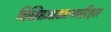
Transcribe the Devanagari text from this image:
विक्षिप्तआवमथपरिहार